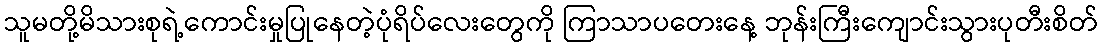
သူမတို့မိသားစုရဲ့ကောင်းမှုပြုနေတဲ့ပုံရိပ်လေးတွေကို ကြာသာပတေးနေ့ ဘုန်းကြီးကျောင်းသွားပုတီးစိတ်